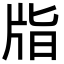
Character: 㸟